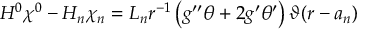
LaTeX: H ^ { 0 } \chi ^ { 0 } - H _ { n } \chi _ { n } = L _ { n } r ^ { - 1 } \left( g ^ { \prime \prime } \theta + 2 g ^ { \prime } \theta ^ { \prime } \right) \vartheta ( r - a _ { n } )